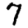
Digit: 7